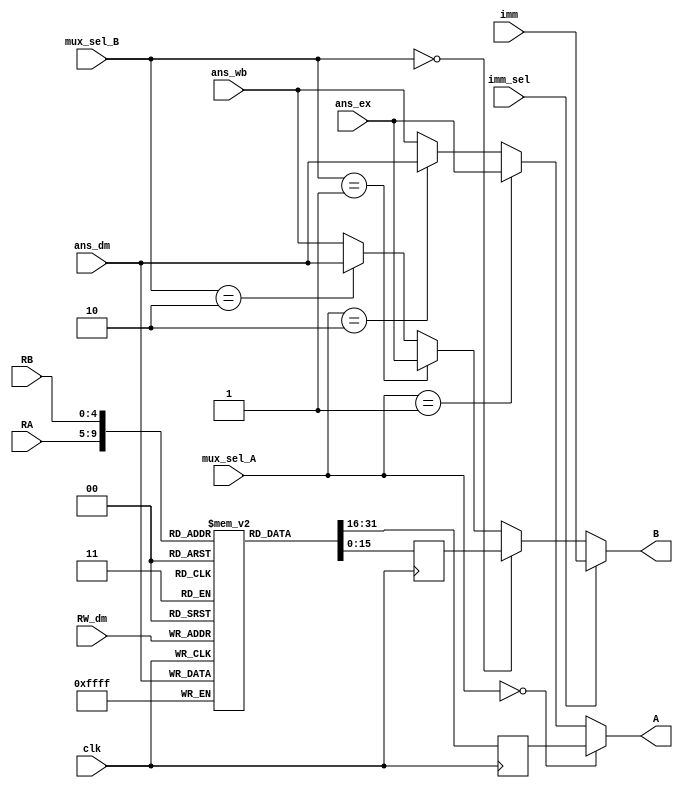
module Register_Bank_Module(A, B, ans_ex, ans_dm, ans_wb, imm, RA, RB, RW_dm, mux_sel_A, mux_sel_B, imm_sel, clk);

output [15:0] A, B;

input [15:0] ans_ex, ans_dm, ans_wb, imm;
input [4:0] RA, RB, RW_dm;
input [1:0] mux_sel_A, mux_sel_B;
input imm_sel, clk;

wire [15:0] BI;

reg [15:0] AR, BR;
reg [15:0] reg_bank [0:31];

assign A = (mux_sel_A == 2'b00) ? AR :
			  ((mux_sel_A == 2'b01) ? ans_ex : 
			  ((mux_sel_A == 2'b10) ? ans_dm : ans_wb
			  ));

assign BI = (mux_sel_B == 2'b00) ? BR :
			  ((mux_sel_B == 2'b01) ? ans_ex : 
			  ((mux_sel_B == 2'b10) ? ans_dm : ans_wb
			  ));
			  
assign B = (imm_sel) ? imm : BI;
    
always@(posedge clk)
begin
	AR <= reg_bank[RA];
	BR <= reg_bank[RB];
	reg_bank[RW_dm] <= ans_dm;
end


endmodule